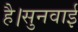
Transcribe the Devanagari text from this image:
है।सुनवाई